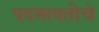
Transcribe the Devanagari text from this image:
पदमावतीचे